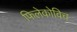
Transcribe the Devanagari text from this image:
फिलेकोविच